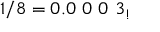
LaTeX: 1 / 8 = 0 . 0 \ 0 \ 0 \ 3 _ { ! }